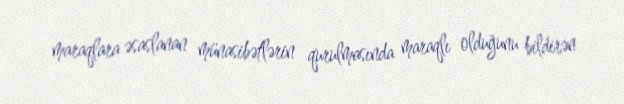
maraqlara əsaslanan münasibətlərin qurulmasında maraqlı olduğunu bildirən